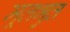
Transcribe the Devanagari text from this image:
मूलभुत